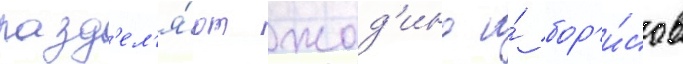
разд'ел'я́ют жод'ино и́ бор'и́сов